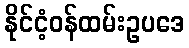
နိုင်ငံ့ဝန်ထမ်းဥပဒေ